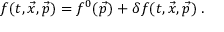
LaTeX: f ( t , \vec { x } , \vec { p } ) = f ^ { 0 } ( \vec { p } ) + \delta f ( t , \vec { x } , \vec { p } ) \; .